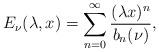
LaTeX: \begin{align*} E_\nu(\lambda,x)=\sum_{n=0}^\infty \frac{(\lambda x)^n}{b_n(\nu)}, \end{align*}